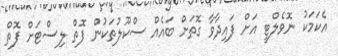
އެކަމަކު ނޮވެލްޓީ އަށް ފައިދާވާ ގޮތަށް ބައެއް ސްކޫލުތަކުން ފޮތް ލިސްޓަށް ފޮތް